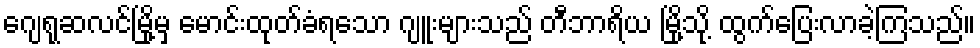
ဂျေရုဆလင်မြို့မှ မောင်းထုတ်ခံရသော ဂျူးများသည် တီဘာရိယ မြို့သို့ ထွက်ပြေးလာခဲ့ကြသည်။